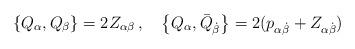
LaTeX: \begin{align*}\left\{ Q_\alpha , Q_\beta \right\} =2Z_{\alpha\beta} \, , \quad\left\{ Q_\alpha , \bar Q_{\dot\beta} \right\}=2(p_{\alpha\dot\beta} + Z_{\alpha\dot\beta})\end{align*}